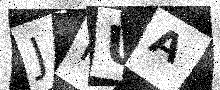
Text: JKUA